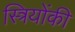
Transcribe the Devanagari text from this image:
स्त्रियोंकी